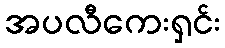
အပလီကေးရှင်း